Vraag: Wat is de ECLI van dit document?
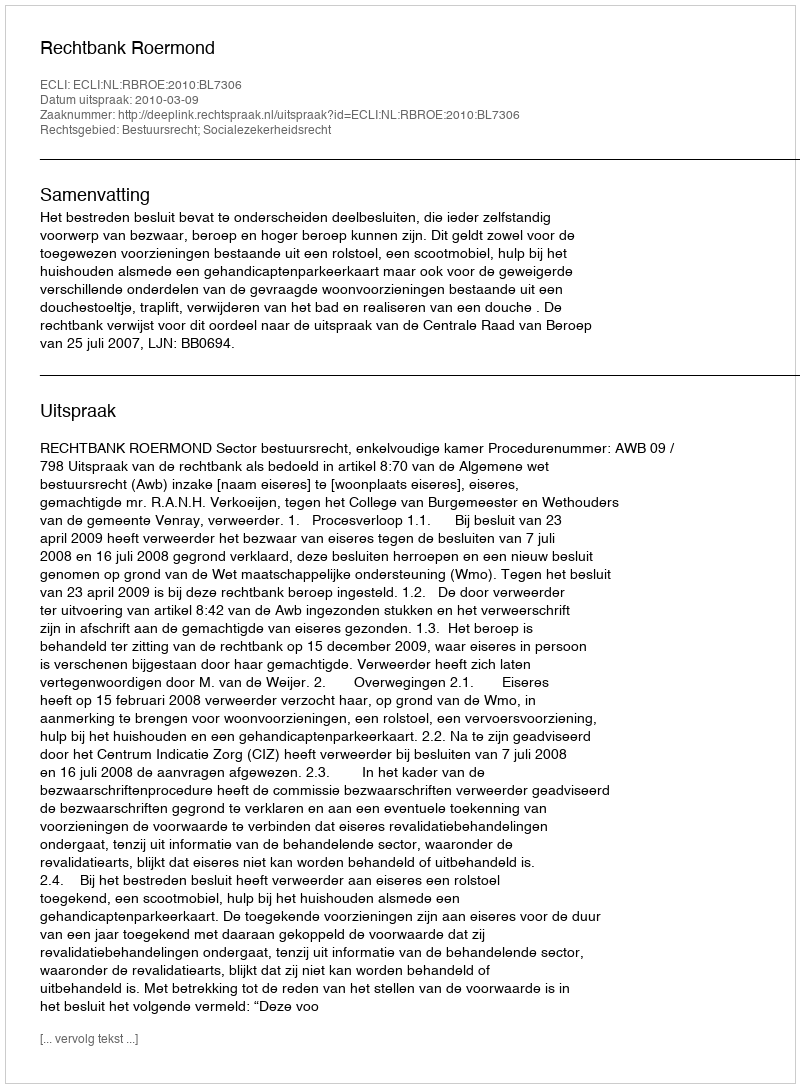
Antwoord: ECLI:NL:RBROE:2010:BL7306